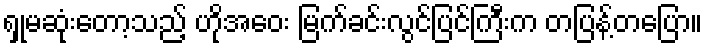
ရှုမဆုံးတော့သည့် ဟိုအဝေး မြက်ခင်းလွင်ပြင်ကြီးက တပြန့်တပြော။